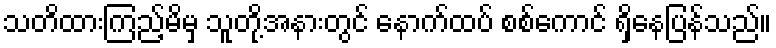
သတိထားကြည့်မိမှ သူတို့အနားတွင် နောက်ထပ် စစ်ကောင် ရှိနေပြန်သည်။